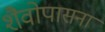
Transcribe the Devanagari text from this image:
शैवोपासना